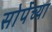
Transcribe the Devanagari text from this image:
सोर्पेच्या